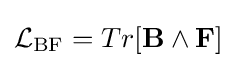
{\cal {L}}_{\rm {BF}}=Tr[\mathbf {B} \wedge \mathbf {F} ]